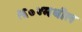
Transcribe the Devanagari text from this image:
१६०४मधील